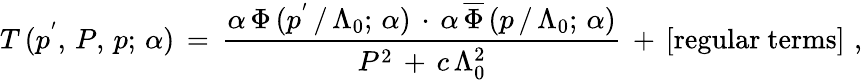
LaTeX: T\, (p^{'},\, P,\, p;\, \alpha)\, =\, \frac{\alpha\, \Phi\, (p^{'}\, /\, \Lambda_{0};\, \alpha)\, \cdot\, \alpha\, \overline{{{\Phi}}}\, (p\, /\, \Lambda_{0};\, \alpha)}{P^{2}\, +\, c\, \Lambda_{0}^{2}}\, +\, [\mathrm{regular~terms}]\, \, ,